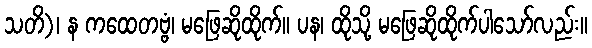
သတိ)၊ န ကထေတဗ္ဗံ၊ မဖြေဆိုထိုက်။ ပန၊ ထိုသို့ မဖြေဆိုထိုက်ပါသော်လည်း။